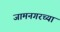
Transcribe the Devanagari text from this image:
जामनगरच्या